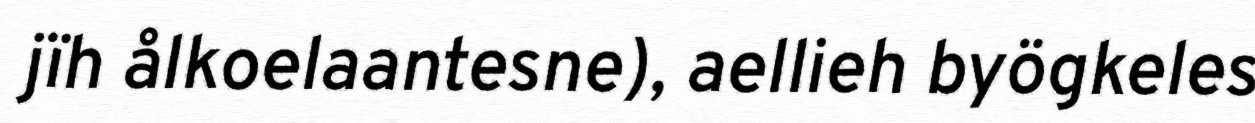
jïh ålkoelaantesne), aellieh byögkeles